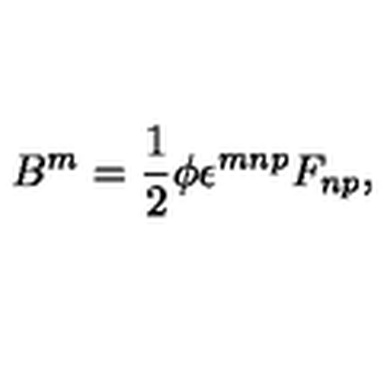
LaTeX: B ^ { m } = \frac 1 2 \phi \epsilon ^ { m n p } F _ { n p } ,